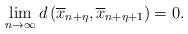
LaTeX: \begin{align*}\lim_{n\rightarrow \infty} d\left(\overline{x}_{n+\eta},\overline{x}_{n+\eta+1}\right)=0. \end{align*}